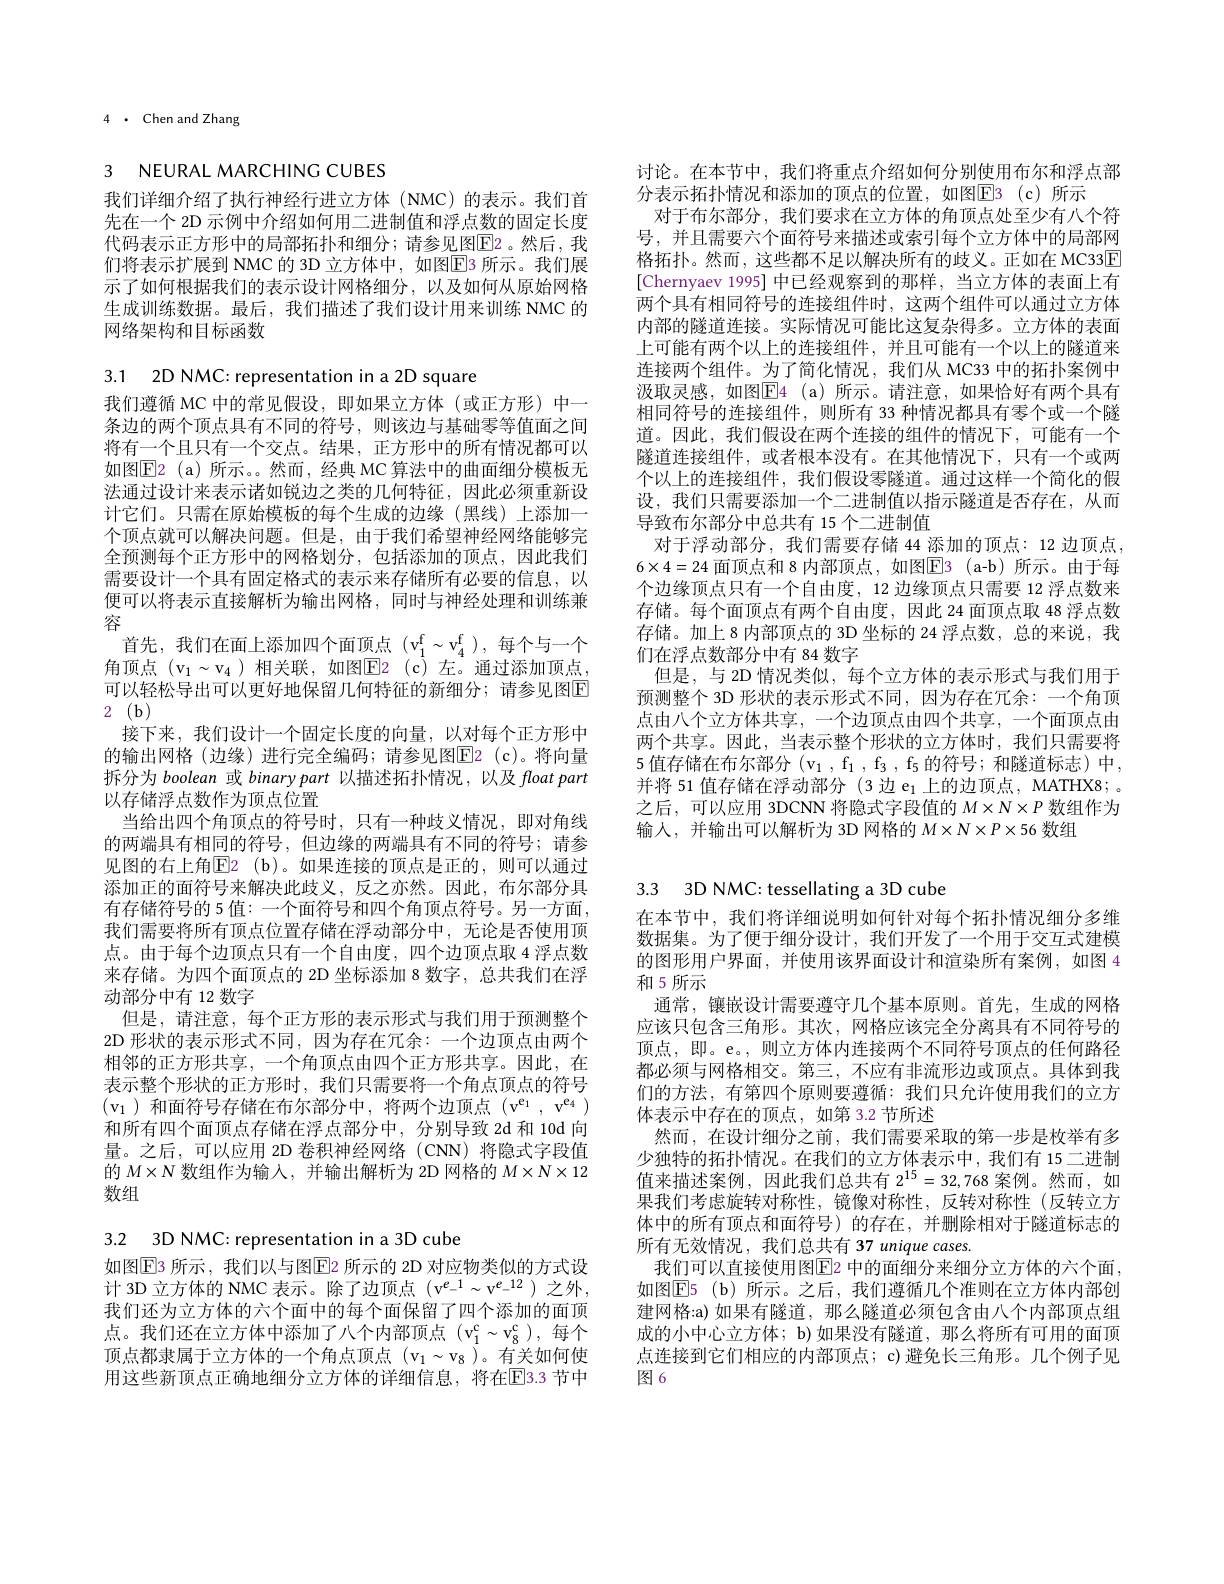
$4{\cdots{\mathrm{Chen~and}}}$Zhang

3 NEURAL MARCHING CUBES

我们详细介绍了执行神经行进立方体 (NMC)的表示。我们首先在一个 2D 示例中介绍如何用二进制值和浮点数的固定长度代码表示正方形中的局部拓扑和细分；请参见图$\underline{\mathrm{E}}$2。然后，我们将表示扩展到 NMC 的 3D 立方体中，如图$\overline{\mathrm{E}}$3 所示。我们展示了如何根据我们的表示设计网格细分，以及如何从原始网格生成训练数据。最后，我们描述了我们设计用来训练 NMC 的网络架构和目标函数

3.1 2D NMC: representation in a 2D square
我们遵循 MC 中的常见假设，即如果立方体(或正方形)中一条边的两个顶点具有不同的符号，则该边与基础零等值面之间将有一个且只有一个交点。结果，正方形中的所有情况都可以如图$\boxed{\mathrm{E}}$2(a)所示。。然而，经典 MC 算法中的曲面细分模板无法通过设计来表示诸如锐边之类的几何特征，因此必须重新设计它们。只需在原始模板的每个生成的边缘(黑线)上添加一个顶点就可以解决问题。但是，由于我们希望神经网络能够完全预测每个正方形中的网格划分，包括添加的顶点，因此我们需要设计一个具有固定格式的表示来存储所有必要的信息，以便可以将表示直接解析为输出网格，同时与神经处理和训练兼容
首先，我们在面上添加四个面顶点(v_1^f$\sim v_4^\mathrm{f} ) , 每 个 与 一 个$ 角顶点 $(\mathrm{v}_1\sim\mathrm{v}_4)$ 相关联，如图E2(c)左。通过添加顶点， 可以轻松导出可以更好地保留几何特征的新细分；请参见图E 2 $( \mathbf{b} )$
接下来，我们设计一个固定长度的向量，以对每个正方形中的输出网格(边缘)进行完全编码；请参见图$\overline{\mathrm{E}}$2(c)。将向量拆分为 boolean 或 binary part 以描述拓扑情况，以及 float part 以存储浮点数作为顶点位置
当给出四个角顶点的符号时，只有一种歧义情况，即对角线的两端具有相同的符号，但边缘的两端具有不同的符号；请参见图的右上角$\overline{\mathrm{E}}$2(b)。如果连接的顶点是正的，则可以通过添加正的面符号来解决此歧义，反之亦然。因此，布尔部分具有存储符号的 5 值：一个面符号和四个角顶点符号。另一方面， 我们需要将所有顶点位置存储在浮动部分中，无论是否使用顶点。由于每个边顶点只有一个自由度，四个边顶点取 4 浮点数来存储。为四个面顶点的 2D 坐标添加 8 数字，总共我们在浮动部分中有 12 数字
但是，请注意，每个正方形的表示形式与我们用于预测整个2D 形状的表示形式不同，因为存在冗余：一个边顶点由两个相邻的正方形共享，一个角顶点由四个正方形共享。因此，在表示整个形状的正方形时，我们只需要将一个角点顶点的符号$(\mathrm{v}_1)$和面符号存储在布尔部分中，将两个边顶点$(\mathrm{v}^\mathrm{e}_1,\mathrm{v}^\mathrm{e}_4)$ 和所有四个面顶点存储在浮点部分中，分别导致 2d 和 10d 向量。之后，可以应用 2D 卷积神经网络 (CNN)将隐式字段值的$M\times N$数组作为输入，并输出解析为 2D 网格的$M\times N\times12$ 数组

3.2 3D NMC: representation in a 3D cube

如图$\overline{\mathrm{E}}$3 所示，我们以与图$\underline{\mathrm{E}}$2 所示的 2D 对应物类似的方式设计 3D 立方体的 NMC 表示。除了边顶点$(\mathrm{v}^{e_-1}\sim\mathrm{v}^{e_-12})$之外， 我们还为立方体的六个面中的每个面保留了四个添加的面顶点。我们还在立方体中添加了八个内部顶点(v_1^c$\sim v_8^c),每个$ 顶点都隶属于立方体的一个角点顶点(v_1$\sim v_8)。有关如何使$ 用这些新顶点正确地细分立方体的详细信息，将在$\overline{\mathrm{E}}$3.3 节中

讨论。在本节中，我们将重点介绍如何分别使用布尔和浮点部
分表示拓扑情况和添加的顶点的位置，如图E3(c)所示
对于布尔部分，我们要求在立方体的角顶点处至少有八个符号，并且需要六个面符号来描述或索引每个立方体中的局部网格拓扑。然而，这些都不足以解决所有的歧义。正如在 MC33$\overline{\mathrm{E}}$ [Chernyaev 1995] 中已经观察到的那样，当立方体的表面上有两个具有相同符号的连接组件时，这两个组件可以通过立方体内部的隧道连接。实际情况可能比这复杂得多。立方体的表面上可能有两个以上的连接组件，并且可能有一个以上的隧道来连接两个组件。为了简化情况，我们从 MC33 中的拓扑案例中汲取灵感，如图$\boxed{\mathrm{F}}4$(a)所示。请注意，如果恰好有两个具有相同符号的连接组件，则所有 33 种情况都具有零个或一个隧道。因此，我们假设在两个连接的组件的情况下，可能有一个隧道连接组件，或者根本没有。在其他情况下，只有一个或两个以上的连接组件，我们假设零隧道。通过这样一个简化的假设，我们只需要添加一个二进制值以指示隧道是否存在，从而导致布尔部分中总共有 15 个二进制值
对于浮动部分，我们需要存储 44 添加的顶点：12 边顶点， $6\times4=24$ 面顶点和 8 内部顶点，如图$\boxed{\mathrm{E}}$3 (a-b) 所示。由于每个边缘顶点只有一个自由度，12 边缘顶点只需要 12 浮点数来存储。每个面顶点有两个自由度，因此 24 面顶点取 48 浮点数存储。加上8内部顶点的 3D 坐标的 24 浮点数，总的来说，我们在浮点数部分中有 84 数字
但是，与 2D 情况类似，每个立方体的表示形式与我们用于预测整个 3D 形状的表示形式不同，因为存在冗余：一个角顶点由八个立方体共享，一个边顶点由四个共享，一个面顶点由两个共享。因此，当表示整个形状的立方体时，我们只需要将5值存储在布尔部分(v_1 , f_1 , f_3 , f_5 的符号；和隧道标志) 中， 并将 51 值存储在浮动部分 (3 边 e$_1$上的边顶点，MATHX8; 。之后，可以应用 3DCNN 将隐式字段值的$M\times N\times P$数组作为输入，并输出可以解析为 3D 网格的$M\times N\times P\times56$数组

# 3.3 3D NMC: tessellating a 3D cube

在本节中，我们将详细说明如何针对每个拓扑情况细分多维数据集。为了便于细分设计，我们开发了一个用于交互式建模的图形用户界面，并使用该界面设计和渲染所有案例，如图 4和5所示
通常，镶嵌设计需要遵守几个基本原则。首先，生成的网格应该只包含三角形。其次，网格应该完全分离具有不同符号的顶点，即。e。,则立方体内连接两个不同符号顶点的任何路径都必须与网格相交。第三，不应有非流形边或顶点。具体到我们的方法，有第四个原则要遵循：我们只允许使用我们的立方体表示中存在的顶点，如第 3.2 节所述
然而，在设计细分之前，我们需要采取的第一步是枚举有多少独特的拓扑情况。在我们的立方体表示中，我们有 15 二进制值来描述案例，因此我们总共有$2^{15}=32,768$案例。然而，如果我们考虑旋转对称性，镜像对称性，反转对称性(反转立方体中的所有顶点和面符号)的存在，并删除相对于隧道标志的所有无效情况，我们总共有 37 unique cases.
我们可以直接使用图$\overline{\mathrm{E}}$2 中的面细分来细分立方体的六个面， 如图$\boxed{\mathrm{E} }5$ (b) 所示。之后，我们遵循几个准则在立方体内部创建网格：a) 如果有隧道，那么隧道必须包含由八个内部顶点组成的小中心立方体；b)如果没有隧道，那么将所有可用的面顶点连接到它们相应的内部顶点；c)避免长三角形。几个例子见图6